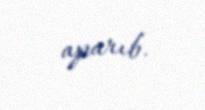
aparıb.